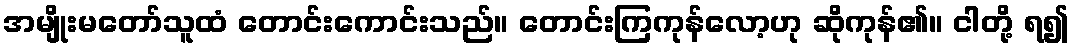
အမျိုးမတော်သူထံ တောင်းကောင်းသည်။ တောင်းကြကုန်လော့ဟု ဆိုကုန်၏။ ငါတို့ ရ၍